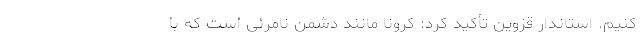
کنیم. استاندار قزوین تأکید کرد: کرونا مانند دشمن نامرئی است که با